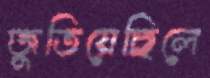
জুতিয়েছিলে